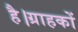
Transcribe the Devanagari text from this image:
है।ग्राहकों